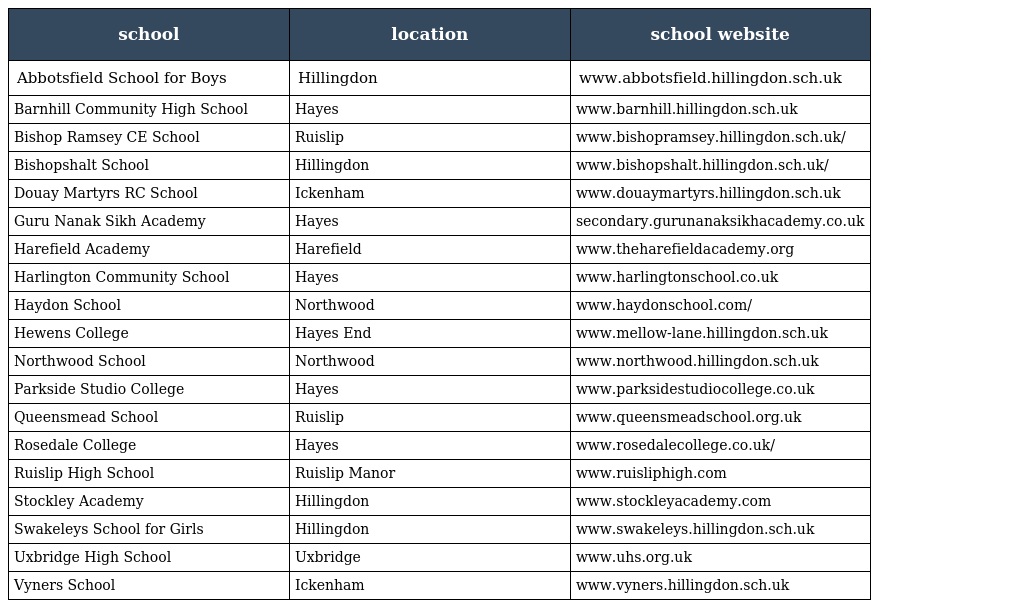
| school | location | school website |
 | --- | --- | --- |
 | Abbotsfield School for Boys | Hillingdon | www.abbotsfield.hillingdon.sch.uk |
 | Barnhill Community High School | Hayes | www.barnhill.hillingdon.sch.uk |
 | Bishop Ramsey CE School | Ruislip | www.bishopramsey.hillingdon.sch.uk/ |
 | Bishopshalt School | Hillingdon | www.bishopshalt.hillingdon.sch.uk/ |
 | Douay Martyrs RC School | Ickenham | www.douaymartyrs.hillingdon.sch.uk |
 | Guru Nanak Sikh Academy | Hayes | secondary.gurunanaksikhacademy.co.uk |
 | Harefield Academy | Harefield | www.theharefieldacademy.org |
 | Harlington Community School | Hayes | www.harlingtonschool.co.uk |
 | Haydon School | Northwood | www.haydonschool.com/ |
 | Hewens College | Hayes End | www.mellow-lane.hillingdon.sch.uk |
 | Northwood School | Northwood | www.northwood.hillingdon.sch.uk |
 | Parkside Studio College | Hayes | www.parksidestudiocollege.co.uk |
 | Queensmead School | Ruislip | www.queensmeadschool.org.uk |
 | Rosedale College | Hayes | www.rosedalecollege.co.uk/ |
 | Ruislip High School | Ruislip Manor | www.ruisliphigh.com |
 | Stockley Academy | Hillingdon | www.stockleyacademy.com |
 | Swakeleys School for Girls | Hillingdon | www.swakeleys.hillingdon.sch.uk |
 | Uxbridge High School | Uxbridge | www.uhs.org.uk |
 | Vyners School | Ickenham | www.vyners.hillingdon.sch.uk |